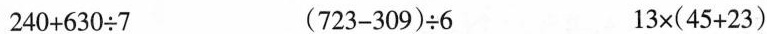
$$2 4 0 + 6 3 0 \div 7$$ $$(7 2 3 - 3 0 9) \div 6$$ $$1 3 \times (4 5 + 2 3)$$